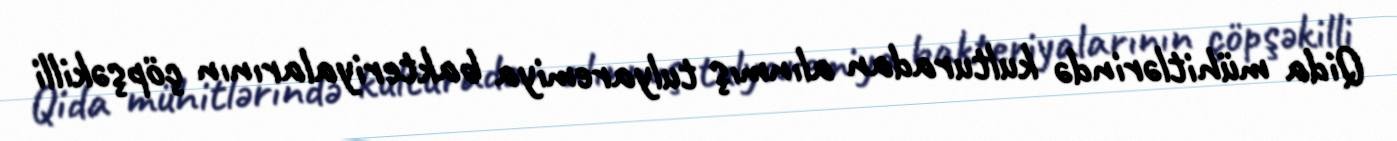
Qida mühitlərində kulturadan alınmış tulyaremiya bakteriyalarının çöpşəkilli